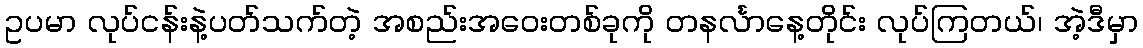
ဥပမာ လုပ်ငန်းနဲ့ပတ်သက်တဲ့ အစည်းအဝေးတစ်ခုကို တနင်္လာနေ့တိုင်း လုပ်ကြတယ်၊ အဲ့ဒီမှာ